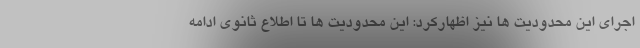
اجرای این محدودیت ها نیز اظهارکرد: این محدودیت ها تا اطلاع ثانوی ادامه